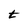
Character: t